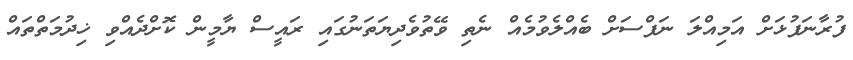
ފުރާނަފުޅަށް އަމިއްލަ ނަފްސަށް ބެއްލެވުމެއް ނެތި ވޭތުވެދިޔަތަނުގައި ރައީސް ޔާމީން ކޮށްދެއްވި ޚިދުމަތްތައް